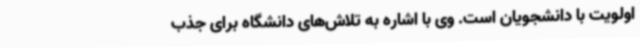
اولویت با دانشجویان است. وی با اشاره به تلاش‌های دانشگاه برای جذب